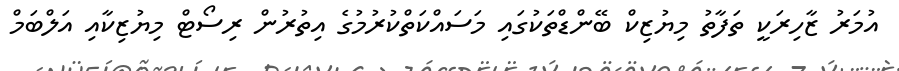
އުމަރު ޒާހިރަކީ ތަފާތު މިޔުޒިކް ބޭންޑްތަކުގައި މަސައްކަތްކުރުމުގެ އިތުރުން ރިސޯޓް މިޔުޒިކާއި އަލްބަމް